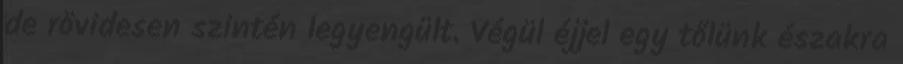
de rövidesen szintén legyengült. Végül éjjel egy tőlünk északra